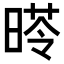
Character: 𣉏